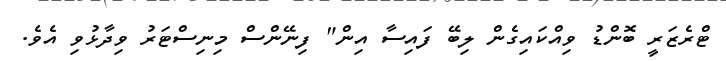
ޓްރެޒަރީ ބޮންޑު ވިއްކައިގެން ލިބޭ ފައިސާ އިން" ފިނޭންސް މިނިސްޓަރު ވިދާޅުވި އެވެ.